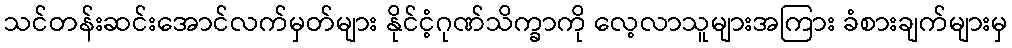
သင်တန်းဆင်းအောင်လက်မှတ်များ နိုင်ငံ့ဂုဏ်သိက္ခာကို လေ့လာသူများအကြား ခံစားချက်များမှ